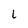
Character: L